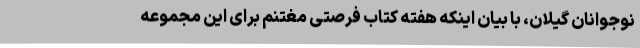
نوجوانان گیلان، با بیان اینکه هفته کتاب فرصتی مغتنم برای این مجموعه